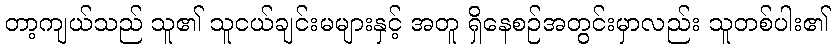
တာ့ကျယ်သည် သူ၏ သူငယ်ချင်းမများနှင့် အတူ ရှိနေစဉ်အတွင်းမှာလည်း သူတစ်ပါး၏